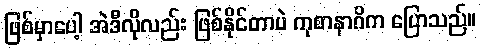
ဖြစ်မှာပေါ့ အဲဒီလိုလည်း ဖြစ်နိုင်တာပဲ ကုစာနာဂိက ပြောသည်။